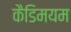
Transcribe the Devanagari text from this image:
कैडिमयम